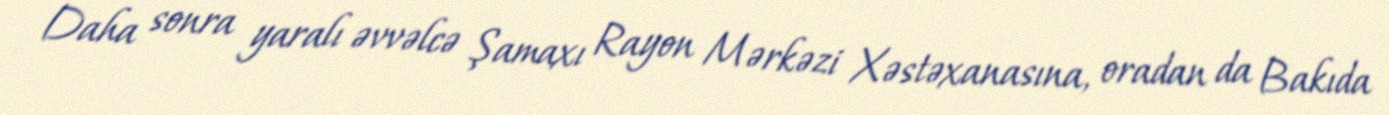
Daha sonra yaralı əvvəlcə Şamaxı Rayon Mərkəzi Xəstəxanasına, oradan da Bakıda